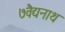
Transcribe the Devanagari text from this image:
७वैद्यनाथ